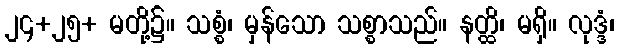
၂၄+၂၅+ မတို့၌။ သစ္စံ၊ မှန်သော သစ္စာသည်။ နတ္ထိ၊ မရှိ။ လုဒ္ဒံ၊